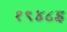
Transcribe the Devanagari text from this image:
१९४८इ